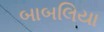
બાબલિયા